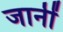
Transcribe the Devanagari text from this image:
जानीं